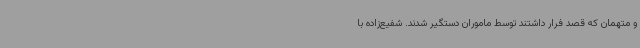
و متهمان که قصد فرار داشتند توسط ماموران دستگیر شدند. شفیع‌زاده با